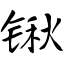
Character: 锹